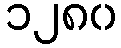
၁၂၈၀